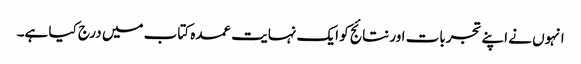
انہوں نے اپنے تجربات اور نتائج کو ایک نہایت عمدہ کتاب میں درج کیا ہے۔